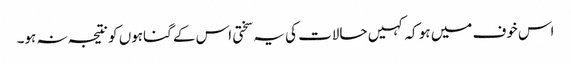
اس خوف میں ہو کہ کہیں حالات کی یہ سختی اس کے گناہوں کو نتیجہ نہ ہو۔